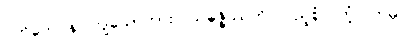
ပတိတေပန၊ ကျသော်ကား။ သမ္ပဇ္ဇိဿတိ၊ ပြည့်စုံလတံ့။ တမ္ပိ၊